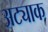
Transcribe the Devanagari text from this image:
अट्याक